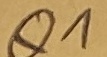
Text: Q1